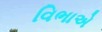
વિભાએ